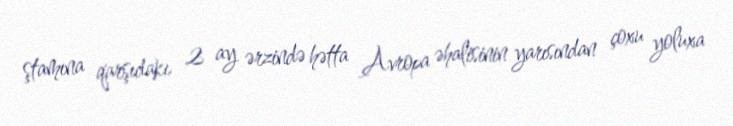
ştamına qarşıdakı 2 ay ərzində hətta Avropa əhalisinin yarısından çoxu yoluxa